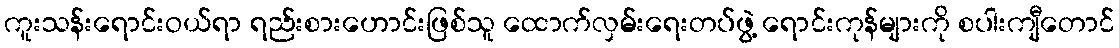
ကူးသန်းရောင်းဝယ်ရာ ရည်းစားဟောင်းဖြစ်သူ ထောက်လှမ်းရေးတပ်ဖွဲ့ ရောင်းကုန်များကို စပါးကျီတောင်